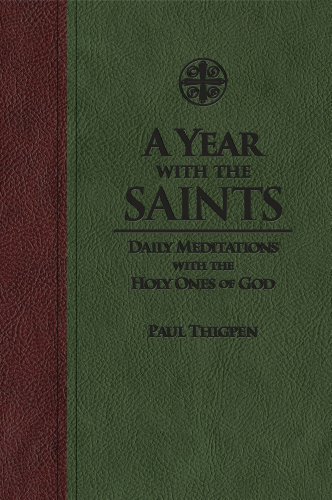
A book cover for A Year With the Saints: Daily Meditations with the Holy Ones of God; Paul Thigpen Ph.D.; Christian Books & Bibles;